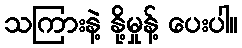
သကြားနဲ့ နို့မှုန့် ပေးပါ။